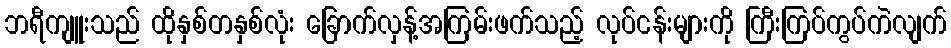
ဘရီကျူးသည် ထိုနှစ်တနှစ်လုံး ခြောက်လှန့်အကြမ်းဖက်သည့် လုပ်ငန်းများကို ကြီးကြပ်ကွပ်ကဲလျက်